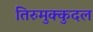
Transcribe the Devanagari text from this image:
तिरुमुक्कुदल